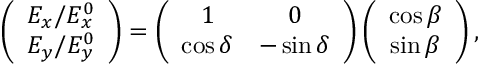
\begin{array} { r } { \left( \begin{array} { c } { E _ { x } / E _ { x } ^ { 0 } } \\ { E _ { y } / E _ { y } ^ { 0 } } \end{array} \right) = \left( \begin{array} { c c } { 1 } & { 0 } \\ { \cos \delta } & { - \sin \delta } \end{array} \right) \left( \begin{array} { c } { \cos \beta } \\ { \sin \beta } \end{array} \right) , } \end{array}